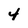
Character: 4